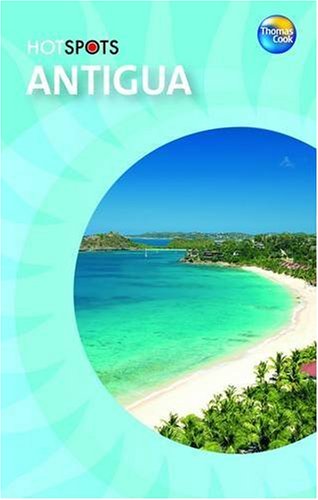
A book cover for Antigua (HotSpots); Travel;